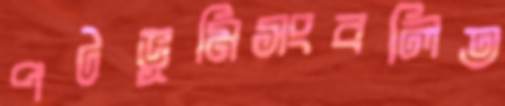
পটভূমিসংবলিত